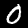
Label: 0